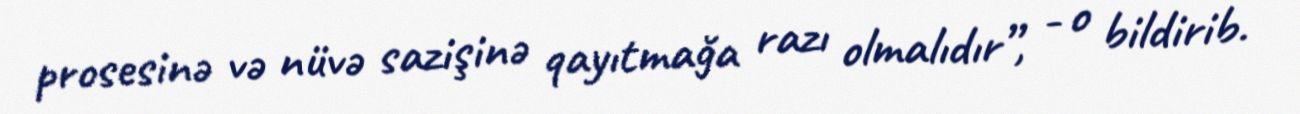
prosesinə və nüvə sazişinə qayıtmağa razı olmalıdır”, - o bildirib.